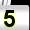
Digit: 5